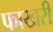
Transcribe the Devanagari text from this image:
फाखरी